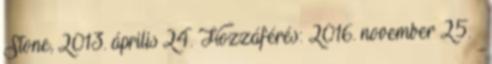
Stone, 2013. április 24. Hozzáférés: 2016. november 25. ↑